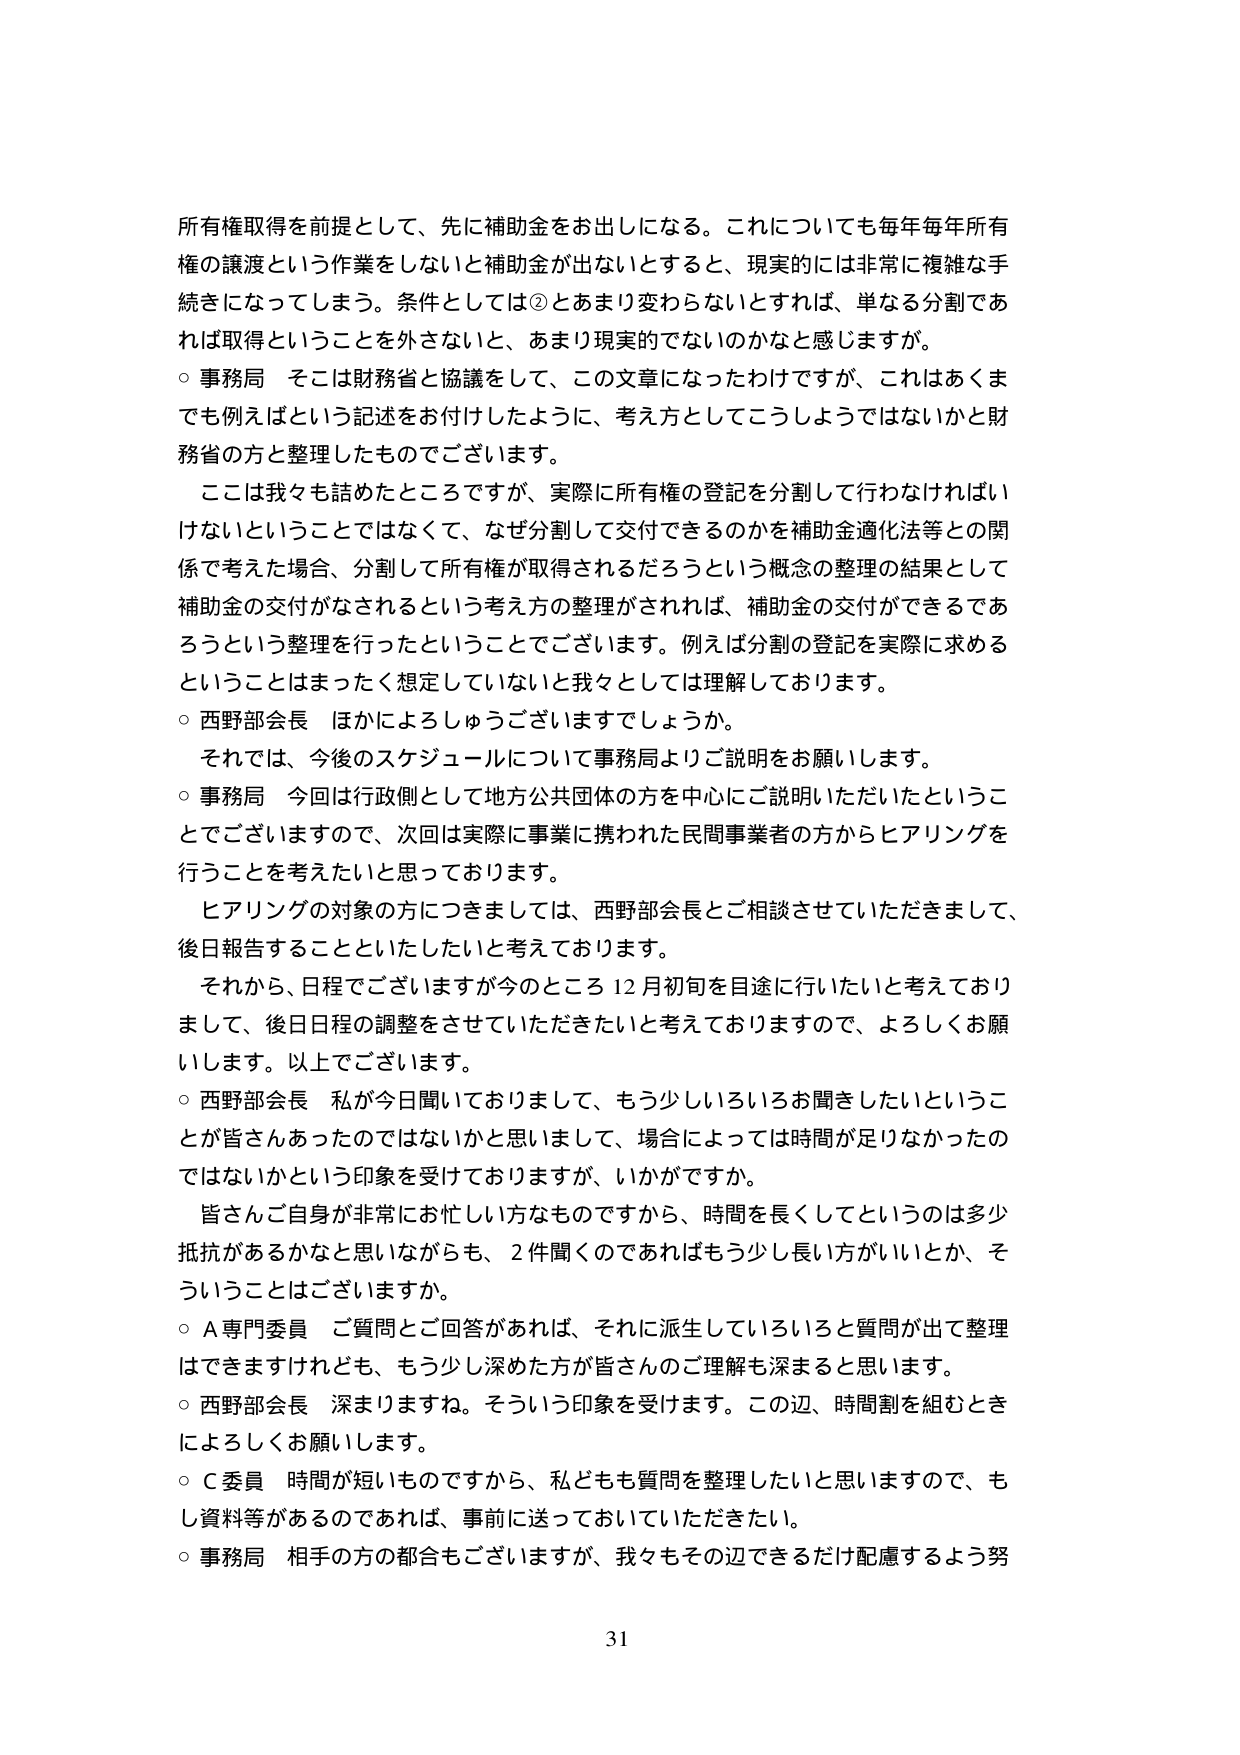
所有権取得を前提として、先に補助金をお出しになる。これについても毎年毎年所有権の譲渡という作業をしないと補助金が出ないとするとき、現実的には非常に複雑な手続きになってしまう。条件としては②とあまり変わらないとすれば、単なる分割であれば取得ということを外さないと、あまり現実的でないのかなと感じますが。

○ 事務局 そこは財務省と協議をして、この文章になったわけですが、これはあくまでも例えばという記述をお付けしたように、考え方としてこうしようではないかと財務省の方と整理したものでございます。

ここは我々も詰めたところですが、実際に所有権の登記を分割して行わなければいけないということではなくて、なぜ分割して交付できるのかを補助金適化法等との関係で考えた場合、分割して所有権が取得されるだろうという概念の整理の結果として補助金の交付がなされるという考え方の整理がされれば、補助金の交付ができるであろうという整理を行ったということでございます。例えば分割の登記を実際に求めるということはまったく想定していないと我々としては理解しております。

○ 西野部会長 ほかにようしゅうございますでしょうか。

それでは、今後のスケジュールについて事務局よりご説明をお願いします。

○ 事務局 今回は行政側として地方公共団体の方を中心にご説明いただいたということでございますので、次回は実際に事業に携われた民間事業者の方からヒアリングを行うことを考えたいと思っております。

ヒアリングの対象の方につきましては、西野部会長とご相談させていただきまして、後日報告することといたしたいと考えております。

それから、日程でございますが今のところ12月初旬を目途に行いたいと考えておりまして、後日日程の調整をさせていただきたいと考えておりますので、よろしくお願いします。以上でございます。

○ 西野部会長 私が今日聞いておりまして、もう少しいろいろお聞きしたいということが皆さんあったのではないかと思いまして、場合によっては時間が足りなかったのではないかという印象を受けておりますが、いかがですか。

皆さんご自身が非常にご忙しい方なものですから、時間を長くしてというのは多少抵抗があるかなと思いながらも、2件聞くのであればもう少し長い方がいいとか、そういうことはございますか。

○ A専門委員 ご質問とご回答があれば、それに派生していろいろと質問が出て整理はできますけれども、もう少し深めた方が皆さんのご理解も深まると思います。

○ 西野部会長 深まりますね。そういう印象を受けます。この辺、時間割を組むときによろしくお願いします。

○ C委員 時間が短いものですから、私どもも質問を整理したいと思いますので、もし資料等があるのであれば、事前に送っておいていただきたい。

○ 事務局 相手の方の都合もございますが、我々もその辺できるだけ配慮するよう努

31